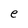
Character: e